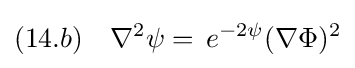
(14.b)\quad \nabla ^{2}\psi =\,e^{-2\psi }(\nabla \Phi )^{2}